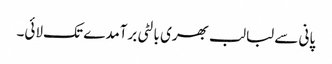
پانی سے لبالب بھری بالٹی برآمدے تک لائی۔